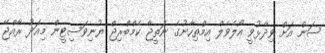
ސަން އަށް ވިދާޅުވީ އޯލެވެލް އިމްތިހާނުގެ ނަތީޖާ ކެމްބްރިޖް ޔުނިވަސިޓީން މިއަދު ރާއްޖޭ